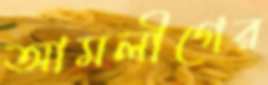
আমলীগের